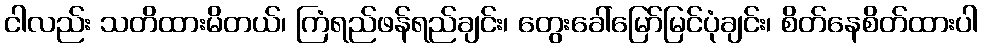
ငါလည်း သတိထားမိတယ်၊ ကြံရည်ဖန်ရည်ချင်း၊ တွေးခေါ်မြော်မြင်ပုံချင်း၊ စိတ်နေစိတ်ထားပါ